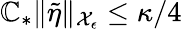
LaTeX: \mathbb{C}_{*}\| \tilde{{\eta}}\| _{\mathcal{{X}}_{\epsilon}}\le\kappa/4